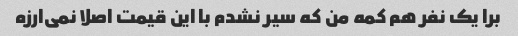
برا یک نفر هم کمه من که سیر نشدم با این قیمت اصلا نمی‌ارزه